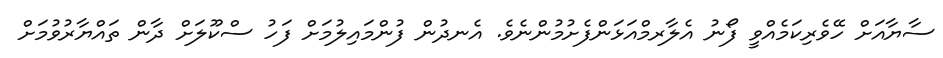
ސާޔާއަށް ހޭވެރިކަމެއްވީ ފޯނު އެލާރމްއަޅަންފެށުމުންނެވެ. އެނދުން ފުންމައިލުމަށް ފަހު ސްކޫލަށް ދާން ތައްޔާރުވުމަށް